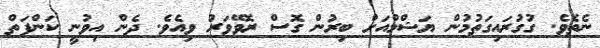
ނެތެވެ. ގުގުރައިގަތުމުން ޔަޝްމްއަށް ބިރުން ގޮސް ރޮވޭވަރު ވިއެވެ. ދެން އިވުނީ ކަންފަތް